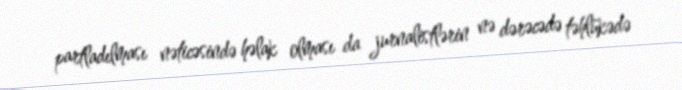
partladılması nəticəsində həlak olması da jurnalistlərin nə dərəcədə təhlükədə